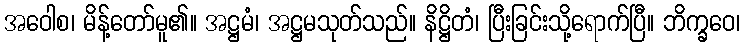
အဝေါစ၊ မိန့်တော်မူ၏။ အဋ္ဌမံ၊ အဋ္ဌမသုတ်သည်။ နိဋ္ဌိတံ၊ ပြီးခြင်းသို့ရောက်ပြီ။ ဘိက္ခဝေ၊